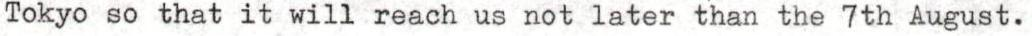
Tokyo so that it will reach us not later than the 7th August.